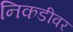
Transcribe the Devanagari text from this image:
निकडीवर